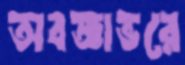
অবজ্ঞাভরে